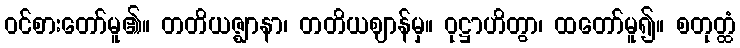
ဝင်စားတော်မူ၏။ တတိယဇ္ဈာနာ၊ တတိယဈာန်မှ။ ဝုဋ္ဌာဟိတွာ၊ ထတော်မူ၍။ စတုတ္ထံ